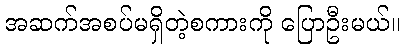
အဆက်အစပ်မရှိတဲ့စကားကို ပြောဦးမယ်။